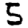
Digit: 5